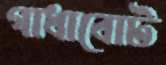
গাধাবোট